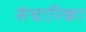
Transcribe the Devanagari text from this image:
संचारिका